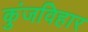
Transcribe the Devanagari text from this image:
कुंजविहार